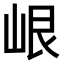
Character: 𡷐